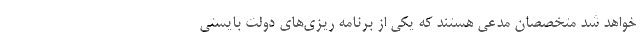
خواهد شد متخصصان مدعی هستند که یکی از برنامه ریزی‌های دولت بایستی